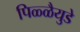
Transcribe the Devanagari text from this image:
पिळ्ळैयुडे